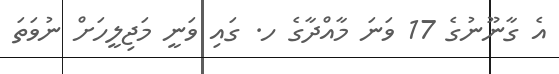
އެ ގާނޫނުގެ 17 ވަނަ މާއްދާގެ ހ. ގައި ވަނީ މަޖިލީހަށް ނުވަތަ